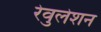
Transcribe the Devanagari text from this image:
रेवुलेशन